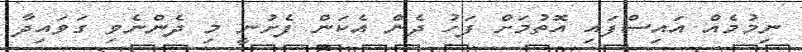
ނިމުމެއް އައިސްފައި އޮތުމަށް ފަހު ދެން އެކަން ފެށުނީ މި ދެންނެވި ގަވައިދާ